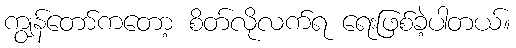
ကျွန်တော်ကတော့ စိတ်လိုလက်ရ ရေးဖြစ်ခဲ့ပါတယ်။